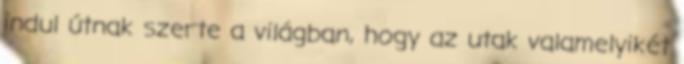
indul útnak szerte a világban, hogy az utak valamelyikét